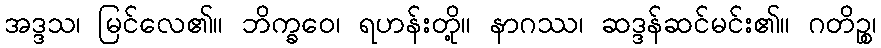
အဒ္ဒသ၊ မြင်လေ၏။ ဘိက္ခဝေ၊ ရဟန်းတို့။ နာဂဿ၊ ဆဒ္ဒန်ဆင်မင်း၏။ ဂတိဉ္စ၊